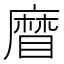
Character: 𥉵